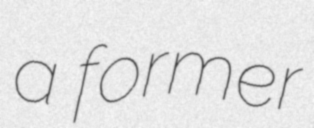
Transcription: a former